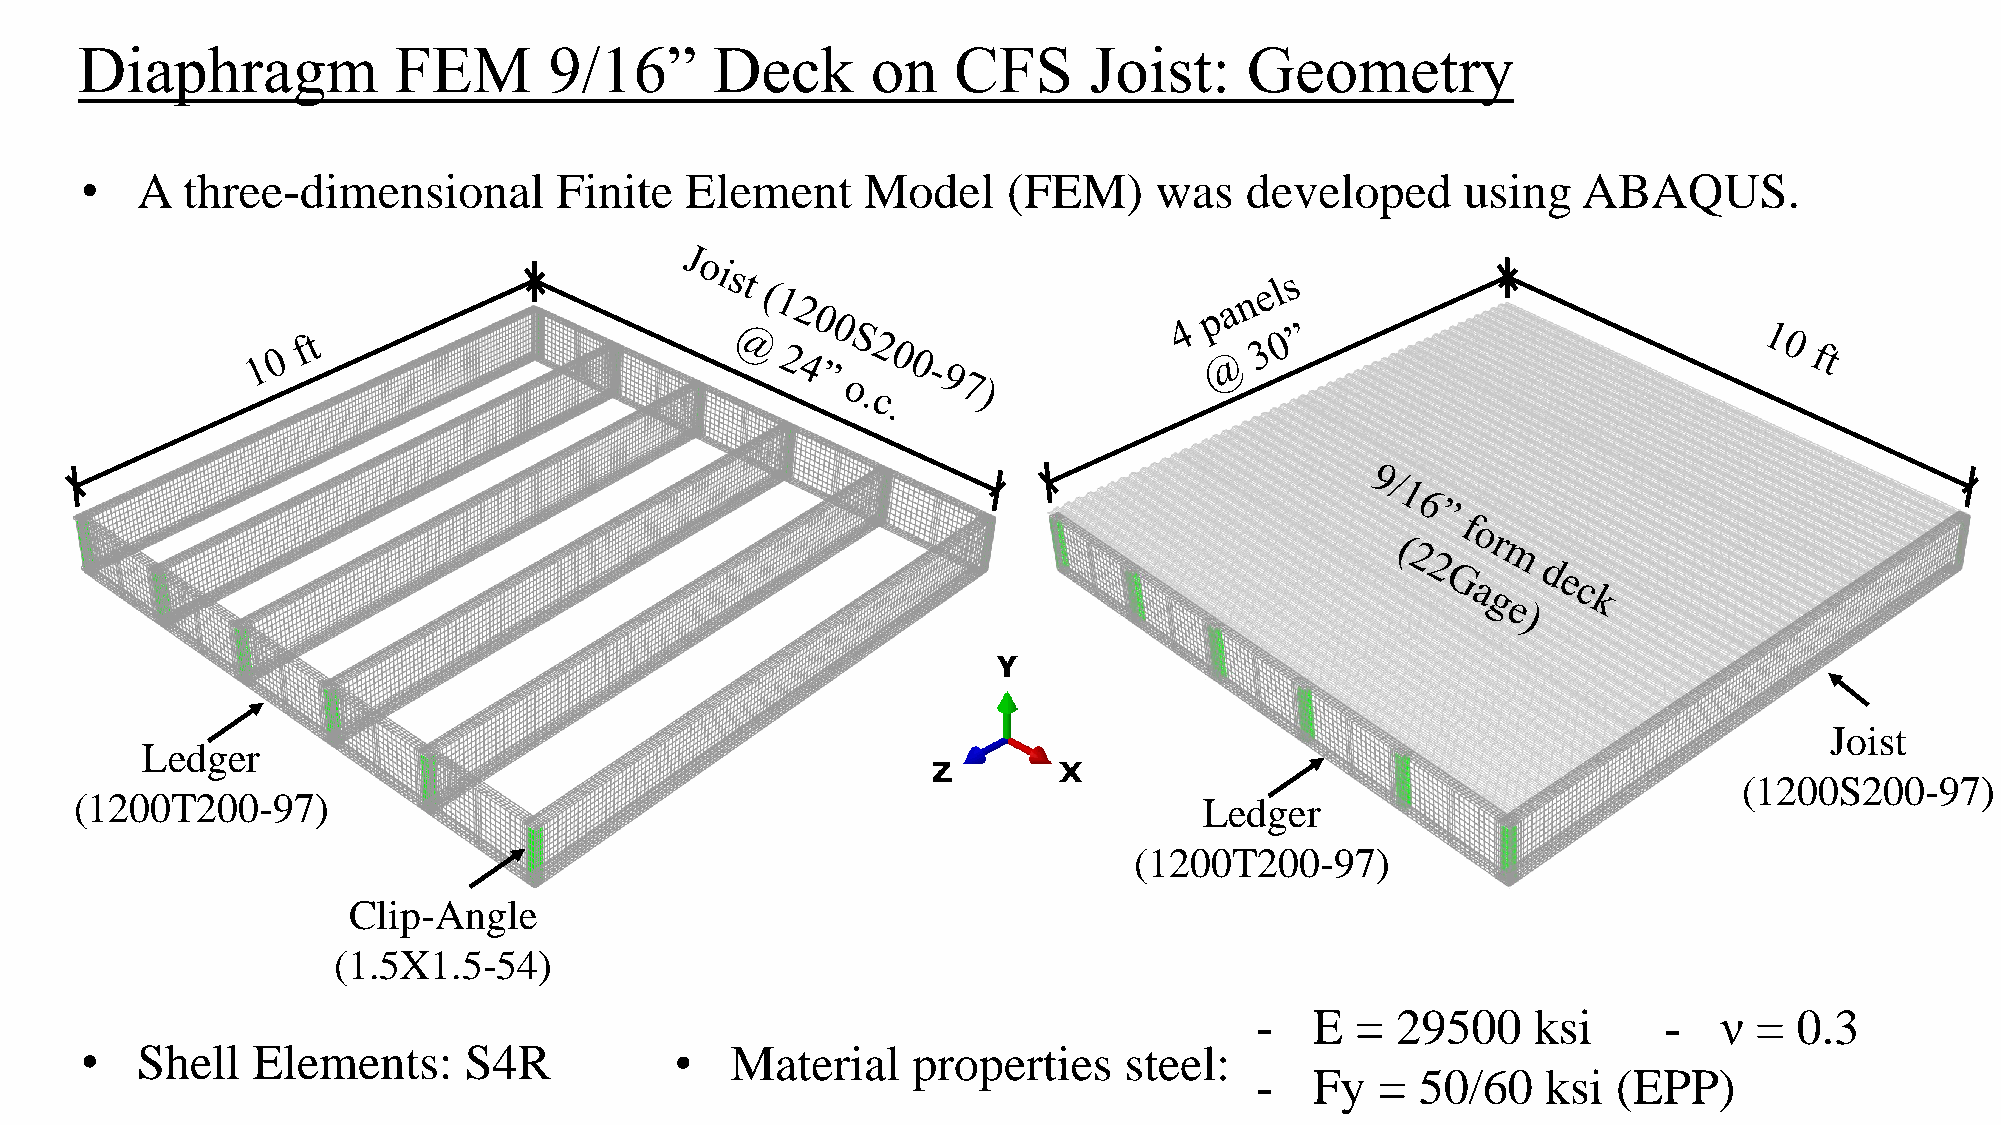
Diaphragm            FEM       9/16”      Deck       on   CFS      Joist:     Geometry
 •   A  three-dimensional        Finite  Element     Model     (FEM)    was   developed      using   ABAQUS.
 Joist
 Ledger
 (1200S200-97)
 (1200T200-97)                                                              Ledger
 (1200T200-97)
 Clip-Angle
 (1.5X1.5-54)
 -   E  = 29500     ksi     -   ν =  0.3
 •   Shell   Elements:     S4R           •  Material    properties    steel:
 -   Fy  =  50/60   ksi  (EPP)